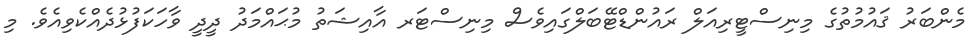
މެންބަރު ޤައުމުތުގެ މިނިސްޓީރިއަލް ރައުންޑްޓޭބަލްގައިވެސް މިނިސްޓަރ އާއިޝަތު މުޙައްމަދު ދީދީ ވާހަކަފުޅުދެއްކެވިއެވެ. މި